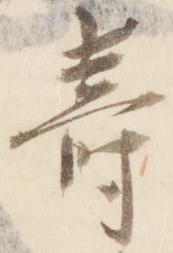
寿